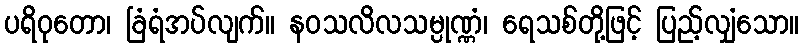
ပရိဝုတော၊ ခြံရံအပ်လျက်။ နဝသလိလသမ္ပုဏ္ဏံ၊ ရေသစ်တို့ဖြင့် ပြည့်လျှံသော။